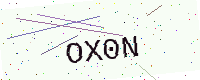
Text: OX0N